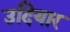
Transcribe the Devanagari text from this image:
उदियार